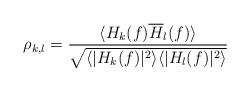
LaTeX: \begin{align*} \rho_{k,l} = \frac{\langle H_k(f)\overline{H}_l(f)\rangle}{\sqrt{\langle|H_k(f)|^2\rangle\langle|H_l(f)|^2\rangle}}\end{align*}